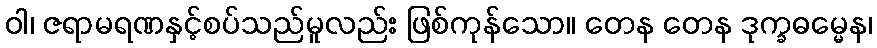
ဝါ၊ ဇရာမရဏနှင့်စပ်သည်မူလည်း ဖြစ်ကုန်သော။ တေန တေန ဒုက္ခဓမ္မေန၊